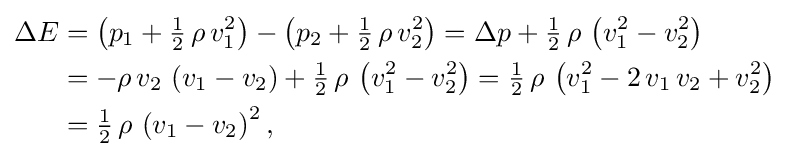
{\begin{aligned}\Delta E&=\left(p_{1}+{\tfrac {1}{2}}\,\rho \,v_{1}^{2}\right)-\left(p_{2}+{\tfrac {1}{2}}\,\rho \,v_{2}^{2}\right)=\Delta p+{\tfrac {1}{2}}\,\rho \,\left(v_{1}^{2}-v_{2}^{2}\right)\\&=-\rho \,v_{2}\,\left(v_{1}-v_{2}\right)+{\tfrac {1}{2}}\,\rho \,\left(v_{1}^{2}-v_{2}^{2}\right)={\tfrac {1}{2}}\,\rho \,\left(v_{1}^{2}-2\,v_{1}\,v_{2}+v_{2}^{2}\right)\\&={\tfrac {1}{2}}\,\rho \,\left(v_{1}-v_{2}\right)^{2},\end{aligned}}